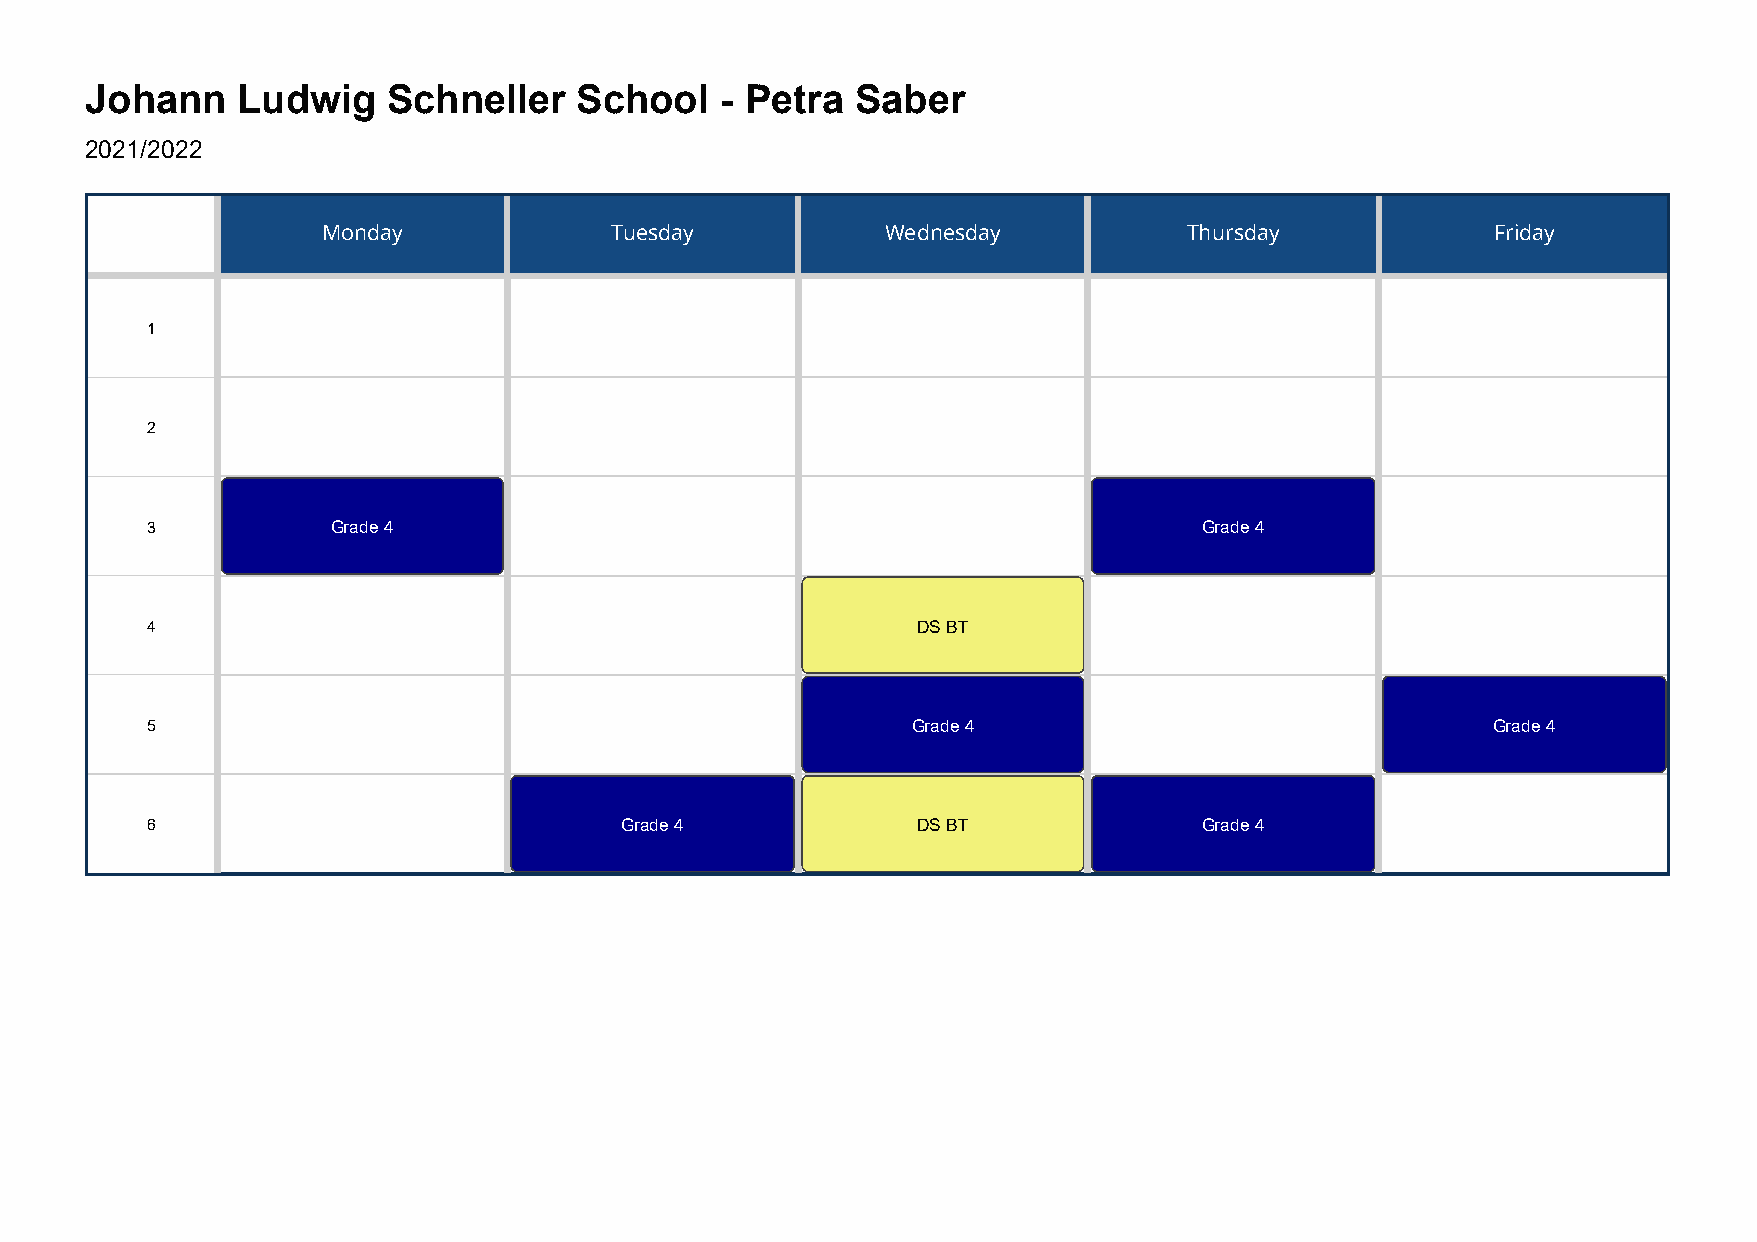
Johann    Ludwig    Schneller   School    - Petra  Saber
 2021/2022
 Monday             Tuesday            Wednesday           Thursday            Friday
 1
 2
 3           Grade 4                                                   Grade 4
 4                                                  DS BT
 5                                                 Grade 4                                Grade 4
 6                              Grade 4             DS BT              Grade 4